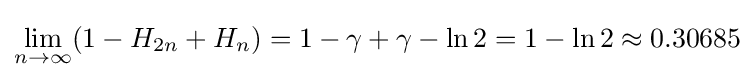
\lim _{n\to \infty }(1-H_{2n}+H_{n})=1-\gamma +\gamma -\ln 2=1-\ln 2\approx 0.30685